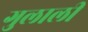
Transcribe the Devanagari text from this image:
गुलाली